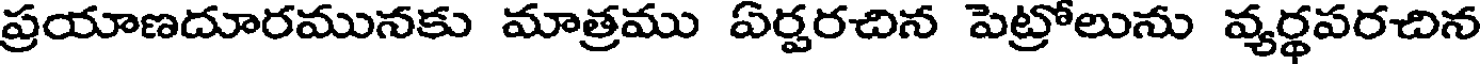
ప్రయాణదూరమునకు మాత్రము ఏర్పరచిన పెట్రోలును వ్యర్థపరచిన